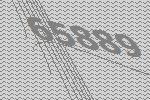
65889